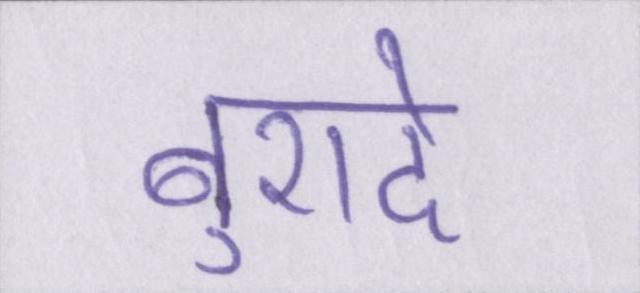
बुरादे